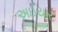
અઈયાર